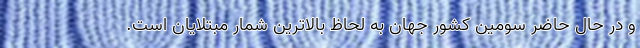
و در حال حاضر سومین کشور جهان به لحاظ بالاترین شمار مبتلایان است.